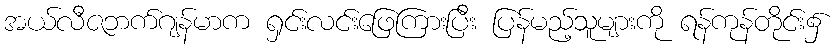
အယ်လီဇဘက်ဂျန်မာက ရှင်းလင်းဖြေကြားပြီး ပြန်မည့်သူများကို ရန်ကုန်တိုင်း၌